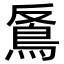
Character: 𩿔